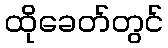
ထိုခေတ်တွင်